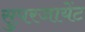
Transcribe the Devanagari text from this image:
सुपरजायेंट